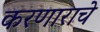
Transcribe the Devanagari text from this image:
करणाराचे